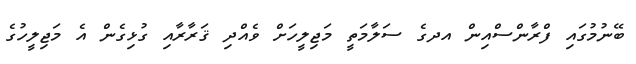
ބޭނުމުގައި ފްރާންސްއިން އދގެ ސަލާމަތީ މަޖިލީހަށް ވެއްދި ޤަރާރާއި ގުޅިގެން އެ މަޖިލީހުގެ